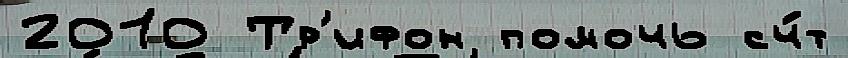
2010 Тр'ифон помочь сч́т